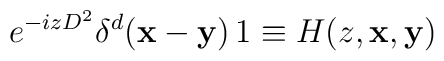
e^{-izD^{2}}\delta ^{d}({\mathbf{x}}-{\mathbf{y}})\,1\equiv H(z,{\mathbf{x}},{{\mathbf{y}}})